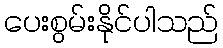
ပေးစွမ်းနိုင်ပါသည်